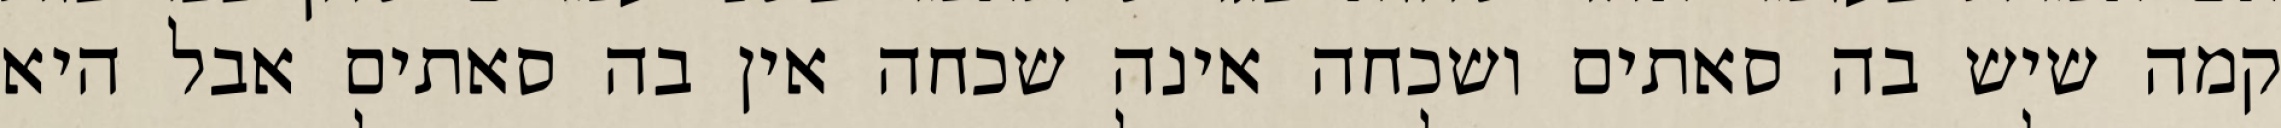
קמה שיש בה סאתים ושכחה אינה שכחה אין בה סאתים אבל היא